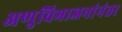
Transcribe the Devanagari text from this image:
अणुविभाजनांनंतर